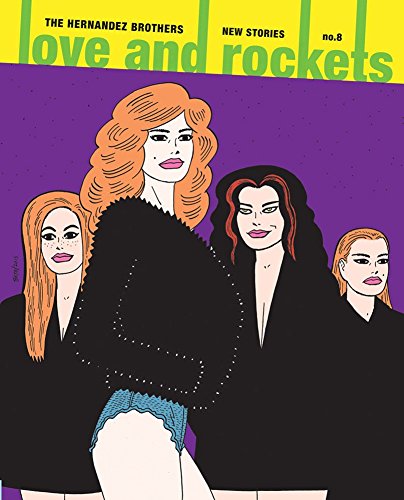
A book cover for Love And Rockets: New Stories No. 8 (Love and Rockets); Gilbert Hernandez; Comics & Graphic Novels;